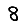
Digit: 8